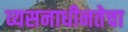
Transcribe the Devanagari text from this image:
व्यसनाधीनतेचा